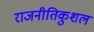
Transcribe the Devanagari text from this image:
राजनीतिकुशल